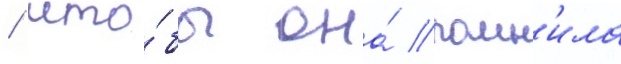
/ что́бы она́ помн'ила